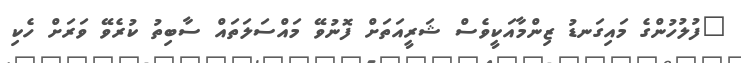
"ފުލުހުންގެ މައިގަނޑު ޒިންމާއަކީވެސް ޝަރީއަތަށް ފޮނުވޭ މައްސަލަތައް ސާބިތު ކުރެވޭ ވަރަށް ހެކި